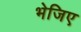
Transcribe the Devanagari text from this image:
भेजिए